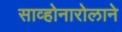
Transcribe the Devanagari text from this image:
साव्होनारोलाने